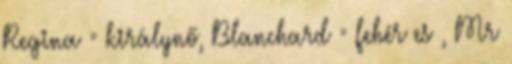
Regina = királynő, Blanchard = fehér es , Mr